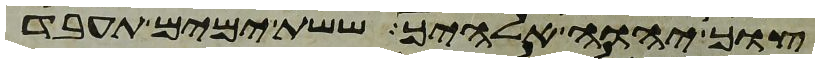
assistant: צוך יהוה אלהיך ששת ימים תעבד